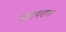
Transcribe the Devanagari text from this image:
ऋदयराम